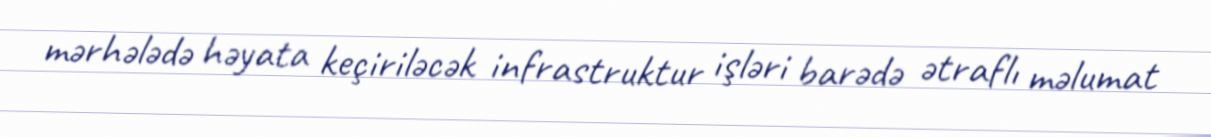
mərhələdə həyata keçiriləcək infrastruktur işləri barədə ətraflı məlumat